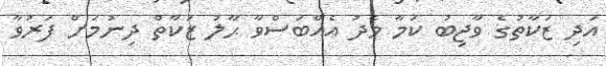
އަދި ޒަކާތުގެ ވާޖިބު ކަމާ މެދު އެއްބަސްވާ ޙާލު ޒަކާތް ދިނުމަށް ފަރުވާ